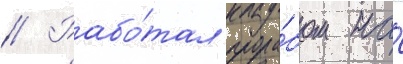
// Рабо́тал прора́бом на́